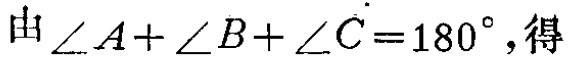
由\(\angle A+\angle B+\angle C = 180^{\circ}\),得